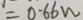
= 0 . 6 6 w